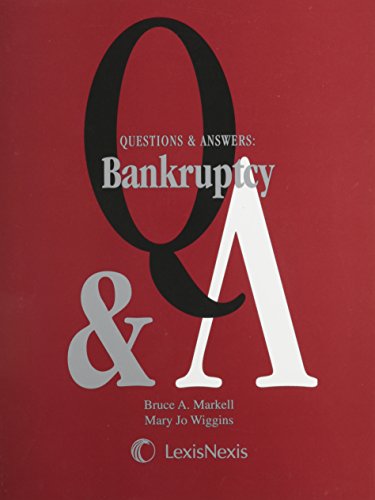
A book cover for Questions & Answers: Bankruptcy; Bruce A. Markell; Law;